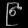
Digit: ၉